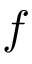
f